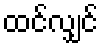
ထင်လျှင်